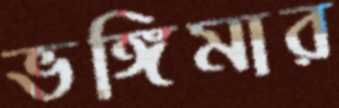
ভঙ্গিমার